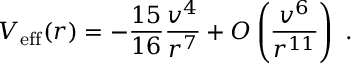
V _ { \mathrm { e f f } } ( r ) = - { \frac { 1 5 } { 1 6 } } { \frac { v ^ { 4 } } { r ^ { 7 } } } + { \cal O } \left( { \frac { v ^ { 6 } } { r ^ { 1 1 } } } \right) \ .